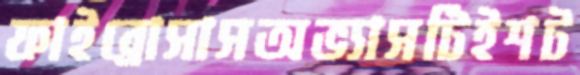
ফাইব্রোসাসঅভ্যাসটিইশট